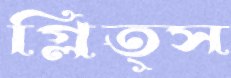
গ্লিত্স